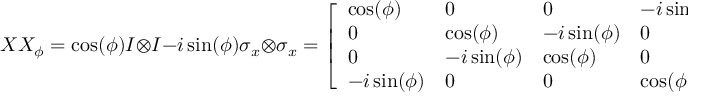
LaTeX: X X _ { \phi } = \cos ( \phi ) I \otimes I - i \sin ( \phi ) \sigma _ { x } \otimes \sigma _ { x } = { \left[ \begin{array} { l l l l } { \cos ( \phi ) } & { 0 } & { 0 } & { - i \sin ( \phi ) } \\ { 0 } & { \cos ( \phi ) } & { - i \sin ( \phi ) } & { 0 } \\ { 0 } & { - i \sin ( \phi ) } & { \cos ( \phi ) } & { 0 } \\ { - i \sin ( \phi ) } & { 0 } & { 0 } & { \cos ( \phi ) } \end{array} \right] }